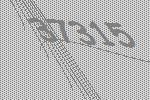
37315